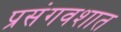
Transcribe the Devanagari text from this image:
प्रसंगवशात